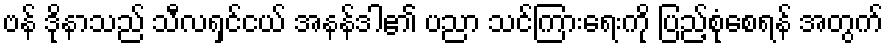
ဗန် ဒိုနာသည် သီလရှင်ငယ် အနန်ဒါ၏ ပညာ သင်ကြားရေးကို ပြည့်စုံစေရန် အတွက်